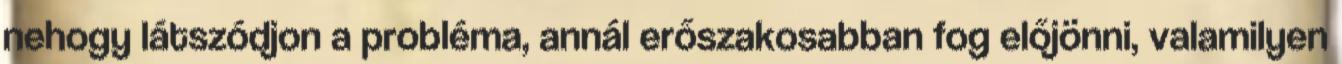
nehogy látszódjon a probléma, annál erőszakosabban fog előjönni, valamilyen